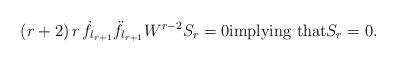
LaTeX: \begin{align*}(r+2)\,r\,\dot{f}_{l_{r+1}}\ddot{f}_{l_{r+1}}W^{r-2}S_r=0\mbox{implying that} S_r=0.\end{align*}